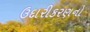
ઉદારીકરણનો